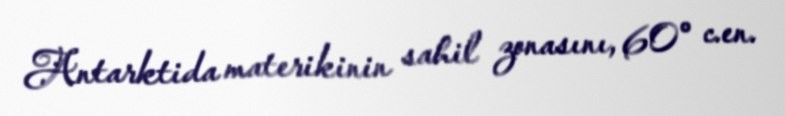
Antarktida materikinin sahil zonasını, 60° c.en.